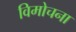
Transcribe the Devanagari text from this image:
विमोचना